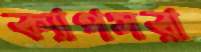
ক্যাপসরা